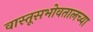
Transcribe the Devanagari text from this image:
वास्तूसभोवतालच्या